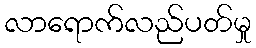
လာရောက်လည်ပတ်မှု